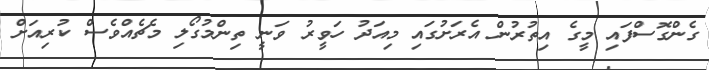
ގެންގޮސްފައި މީގެ އިތުރުން އެރަށުގައި މިއަދު ހަވީރު ވަނީ ތިންމުގޯލި މެޗެއްވެސް ކުރިއަށް